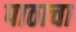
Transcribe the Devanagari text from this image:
पाठाचा